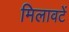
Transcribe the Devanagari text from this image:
मिलावटें